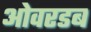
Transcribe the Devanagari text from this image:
ओवरडब